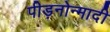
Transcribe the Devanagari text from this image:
पीड़नोन्मादी